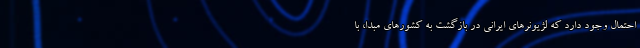
احتمال وجود دارد که لژیونرهای ایرانی در بازگشت به کشورهای مبدا، با